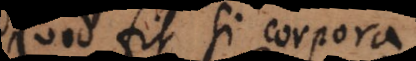
quod fit si corpora